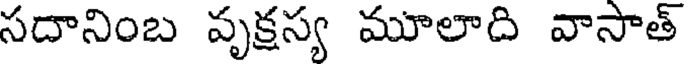
సదానింబ వృక్షస్య మూలాది వాసాత్